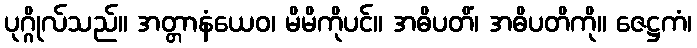
ပုဂ္ဂိုလ်သည်။ အတ္တာနံယေဝ၊ မိမိကိုပင်။ အဓိပတိံ၊ အဓိပတိကို။ ဇေဋ္ဌကံ၊